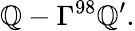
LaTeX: {\cal\mathbb{Q}}-\Gamma^{98}{\cal\mathbb{Q}}^{\prime}.